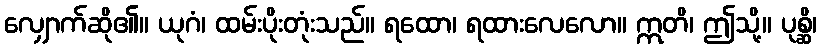
လျှောက်ဆို၏။ ယုဂံ၊ ထမ်းပိုးတုံးသည်။ ရထော၊ ရထားလေလော။ ဣတိ၊ ဤသို့။ ပုစ္ဆိ၊